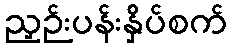
ညှဉ်းပန်းနှိပ်စက်